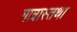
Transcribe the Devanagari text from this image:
मात्रास्तथा